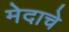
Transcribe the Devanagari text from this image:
मेदाचे